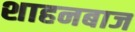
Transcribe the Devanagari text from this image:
शाहनबाज